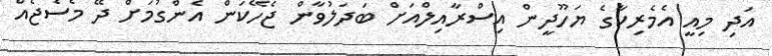
އަދި މިއީ އެމެރިކާގެ ޔަހޫދީން އިސްރާއިލްއަށް ބަދަލުވާން ޖެހޭކަން އެންގުމަށް ދޭ މެސެޖެއް